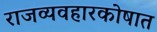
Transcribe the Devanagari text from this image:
राजव्यवहारकोषात